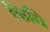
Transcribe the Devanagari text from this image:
फिलि